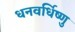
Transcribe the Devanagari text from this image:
धनवर्धिष्णु